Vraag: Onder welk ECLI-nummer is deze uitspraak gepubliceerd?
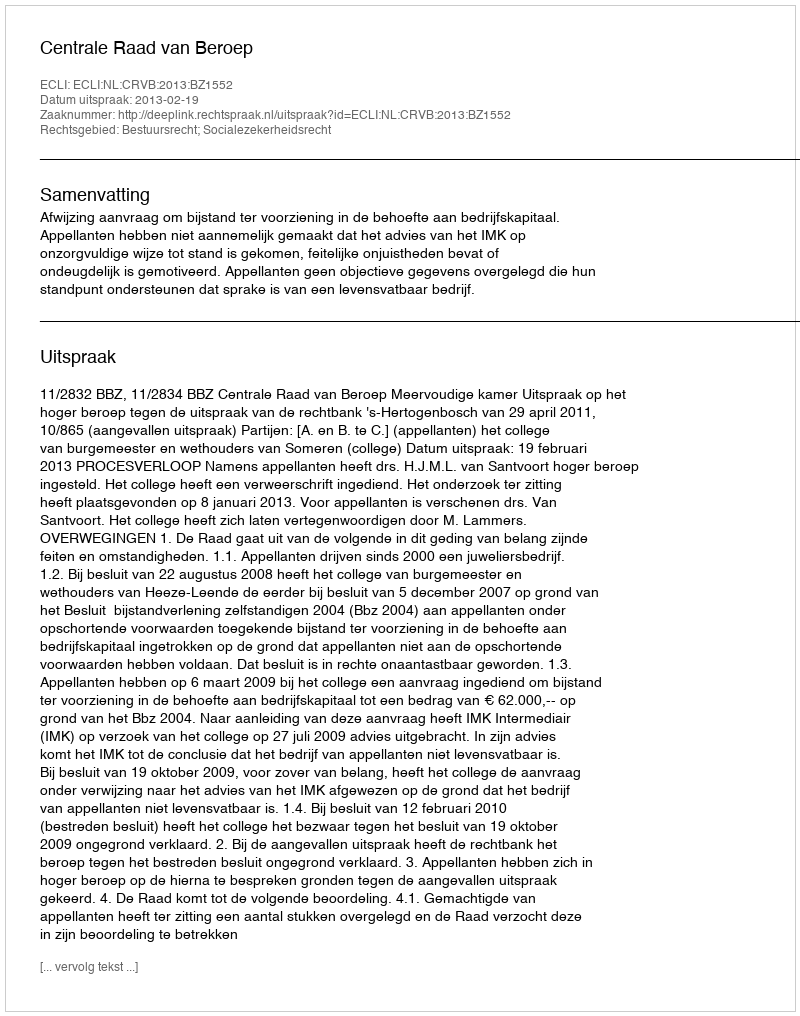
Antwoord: ECLI:NL:CRVB:2013:BZ1552